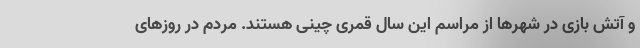
و آتش بازی در شهرها از مراسم این سال قمری چینی هستند. مردم در روزهای